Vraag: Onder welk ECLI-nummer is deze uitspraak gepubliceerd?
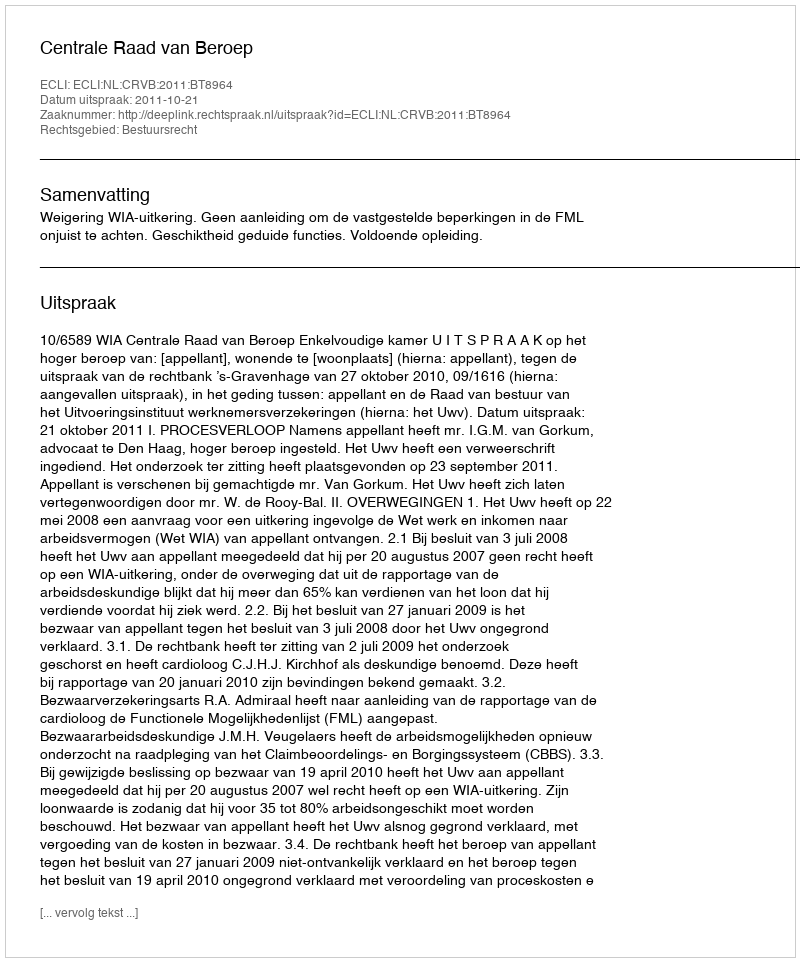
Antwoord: ECLI:NL:CRVB:2011:BT8964